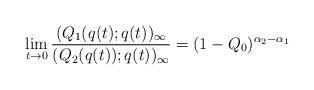
LaTeX: \begin{align*} \lim_{t \to 0} \frac{(Q_1(q(t);q(t))_\infty}{(Q_2(q(t));q(t))_\infty} = (1-Q_0)^{\alpha_2 - \alpha_1} \end{align*}